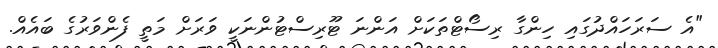
"އެ ސަރަހައްދުގައި ހިންގާ ރިސޯޓްތަކަށް އަންނަ ޓޫރިސްޓުންނަކީ ވަރަށް މަތީ ފެންވަރުގެ ބައެއް.